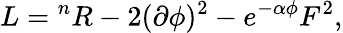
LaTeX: L={}^{n}R-2(\partial\phi)^{2}-e^{-\alpha\phi}F^{2},